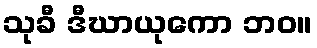
သုခီ ဒီဃာယုကော ဘဝ။